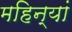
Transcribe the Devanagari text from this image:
महिन्यां